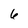
Character: 6